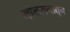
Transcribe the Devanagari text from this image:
माळरानातून